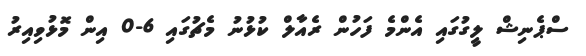
ސްޕެނިޝް ލީގުގައި އެންމެ ފަހުން ރެއާލް ކުޅުނު މެޗުގައި 6-0 އިން މޮޅުވިއިރު